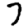
Digit: 7